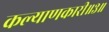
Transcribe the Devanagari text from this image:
कल्याणकारी॥३॥